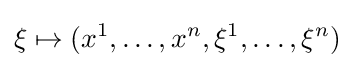
\xi \mapsto (x^{1},\ldots ,x^{n},\xi ^{1},\ldots ,\xi ^{n})